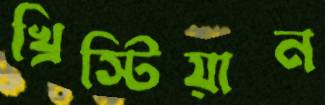
খ্রিস্টিয়ান